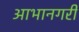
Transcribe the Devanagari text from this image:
आभानगरी